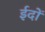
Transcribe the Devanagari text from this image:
ईदों